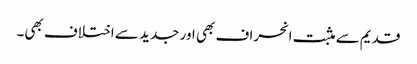
قدیم سے مثبت انحراف بھی اور جدید سے اختلاف بھی۔